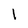
Character: l